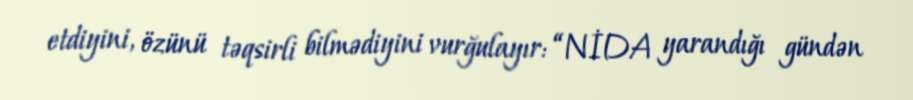
etdiyini, özünü təqsirli bilmədiyini vurğulayır: “NİDA yarandığı gündən